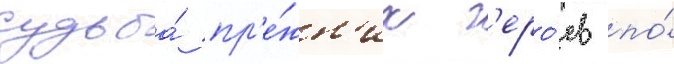
судьба́ пр'е́жн'их г'еро́ев по́